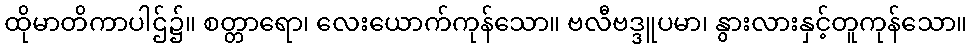
ထိုမာတိကာပါဌ်၌။ စတ္တာရော၊ လေးယောက်ကုန်သော။ ဗလီဗဒ္ဒူပမာ၊ နွားလားနှင့်တူကုန်သော။